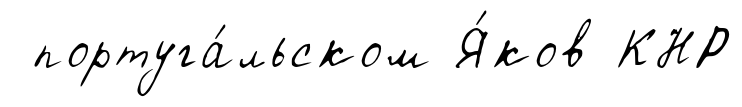
португа́льском Я́ков КНР